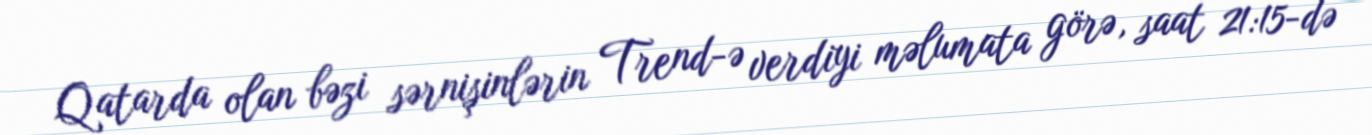
Qatarda olan bəzi sərnişinlərin Trend-ə verdiyi məlumata görə, saat 21:15-də